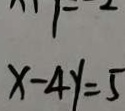
x - 4 y = 5